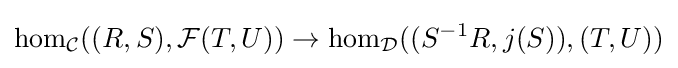
\hom _{\mathcal {C}}((R,S),{\mathcal {F}}(T,U))\to \hom _{\mathcal {D}}((S^{-1}R,j(S)),(T,U))